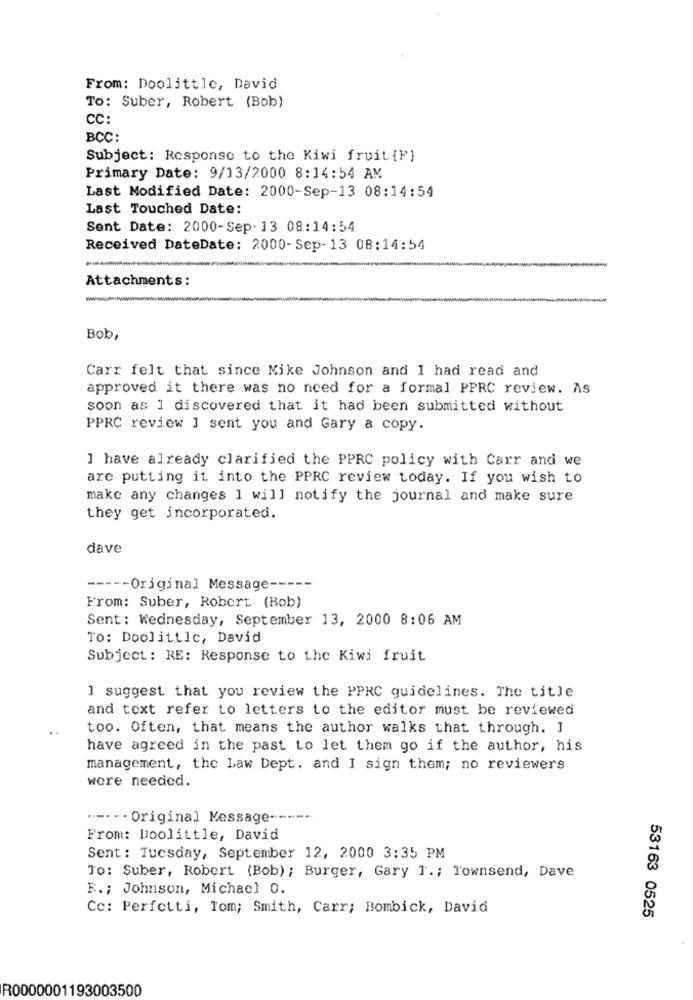
From: Doolittle, David
To: Suber, Robert (Bob)
CC:
BCC:
Subject: Response to the Kiwi fruit {F}
Primary Date: 9/13/2000 8:14:54 AM
Last Modified Date: 2000-Sep-13 08:14:54
Last Touched Date:
Sent Date: 2000-Sep-13 08:14:54
Received DateDate: 2000-Sep-13 08:14:54
Attachments:
Bob,
Carr felt that since Mike Johnson and I had read and
approved it there was no need for a formal PPRC review. As
soon as 1 discovered that it had been submitted without
PPRC review I sent you and Gary a copy.
I have already clarified the PPRC policy with Carr and we
are putting it into the PPRC review today. If you wish to
make any changes 1 will notify the journal and make sure
they get incorporated.
dave
----- Original Message -----
From: Suber, Robert (Bob)
Sent: Wednesday, September 13, 2000 8:06 AM
To: Doolittle, David
Subject: RE: Response to the Kiwi fruit
1 suggest that you review the PPRC guidelines. The title
and text refer to letters to the editor must be reviewed
too. Often, that means the author walks that through. ]
have agreed in the past to let them go if the author, his
management, the Law Dept. and I sign them; no reviewers
were needed.
" -- -- Original Message -----
From: Doolittle, David
Sent: Tuesday, September 12, 2000 3:35 PM
To: Suber, Robert (Bob) ; Burger, Gary T .; Townsend, Dave
B. ; Johnson, Michael 0.
Cc: Perfetti, Tom; Smith, Carr; Bombick, David
53163 0525
R0000001193003500